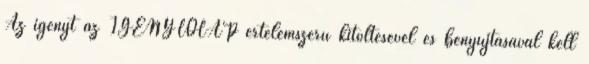
Az igényt az IGÉNYLŐLAP értelemszerű kitöltésével és benyújtásával kell